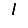
Digit: 1